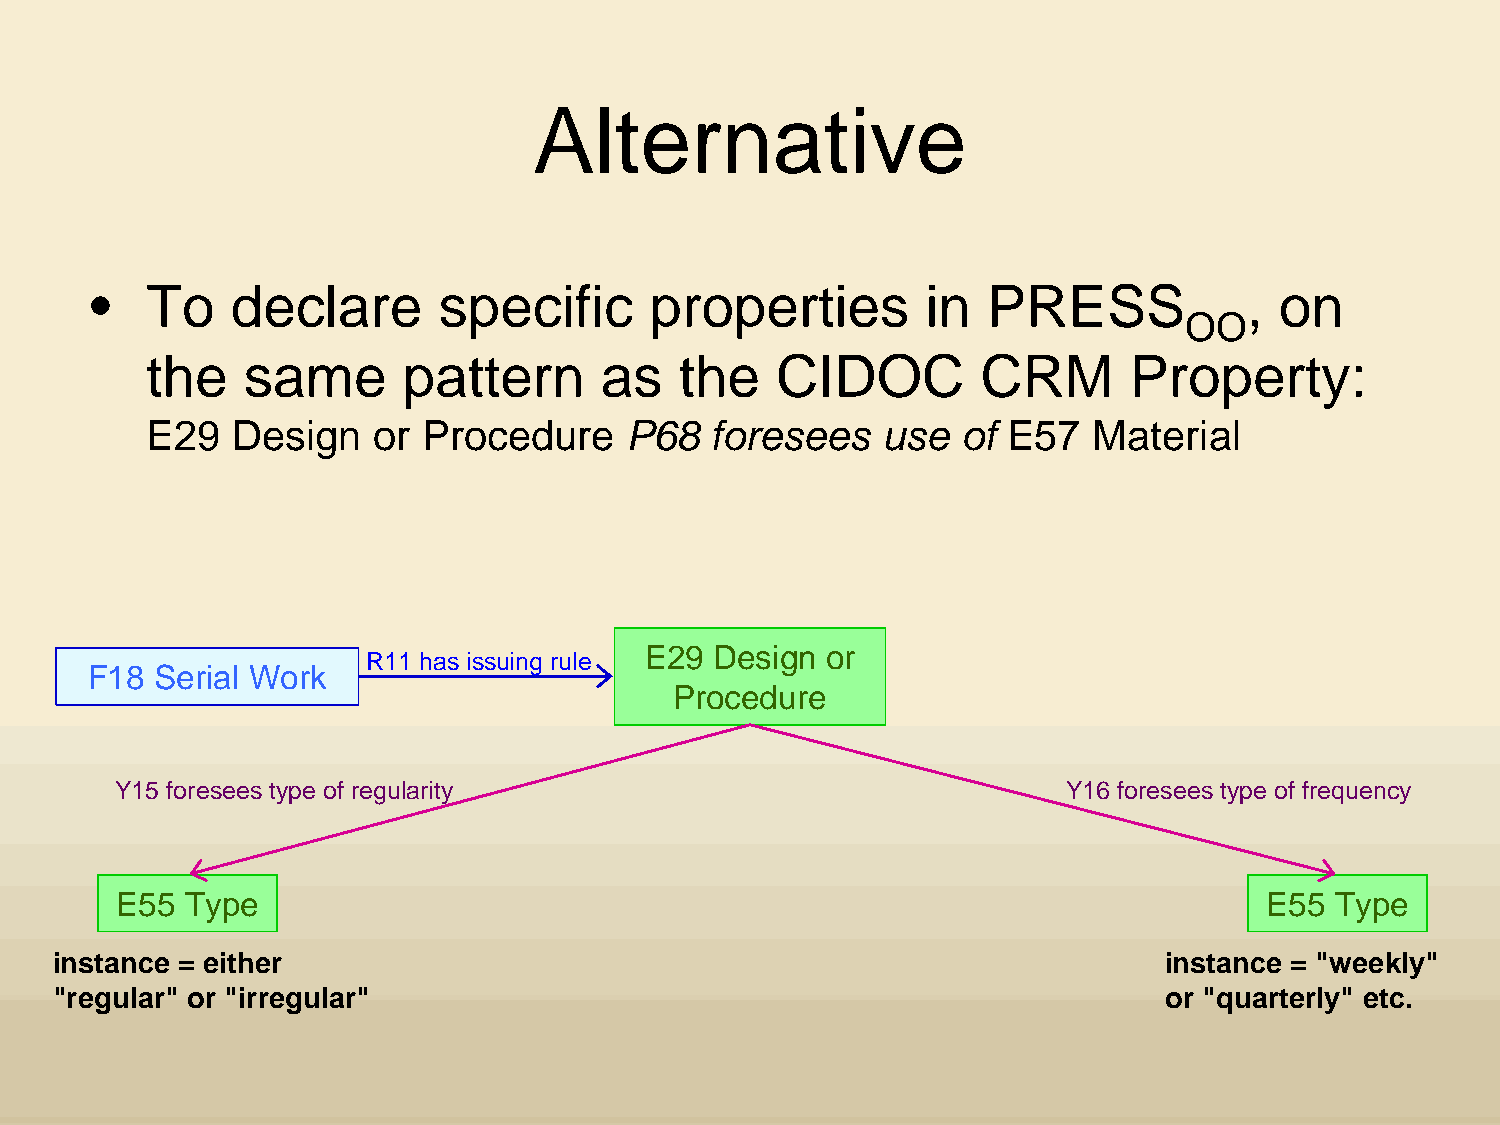
Alternative
 •   To    declare      specific      properties         in  PRESS            , on
 OO
 the    same      pattern      as   the    CIDOC        CRM       Property:
 E29   Design   or Procedure     P68   foresees   use  of E57   Material
 E29  Design or
 R11 has issuing rule
 F18  Serial Work
 Procedure
 Y15 foresees type of regularity                                Y16 foresees type of frequency
 E55  Type                                                                   E55  Type
 instance = either                                                         instance = "weekly"
 "regular" or "irregular"                                                  or "quarterly" etc.